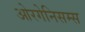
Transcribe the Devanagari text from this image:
ओरगेनिसम्स